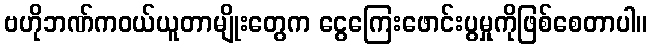
ဗဟိုဘဏ်ကဝယ်ယူတာမျိုးတွေက ငွေကြေးဖောင်းပွမှုကိုဖြစ်စေတာပါ။